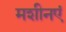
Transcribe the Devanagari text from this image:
मशीनएं